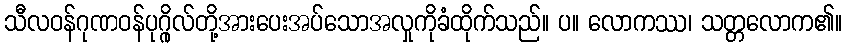
သီလဝန်ဂုဏဝန်ပုဂ္ဂိုလ်တို့အားပေးအပ်သောအလှုကိုခံထိုက်သည်။ ပ။ လောကဿ၊ သတ္တလောက၏။